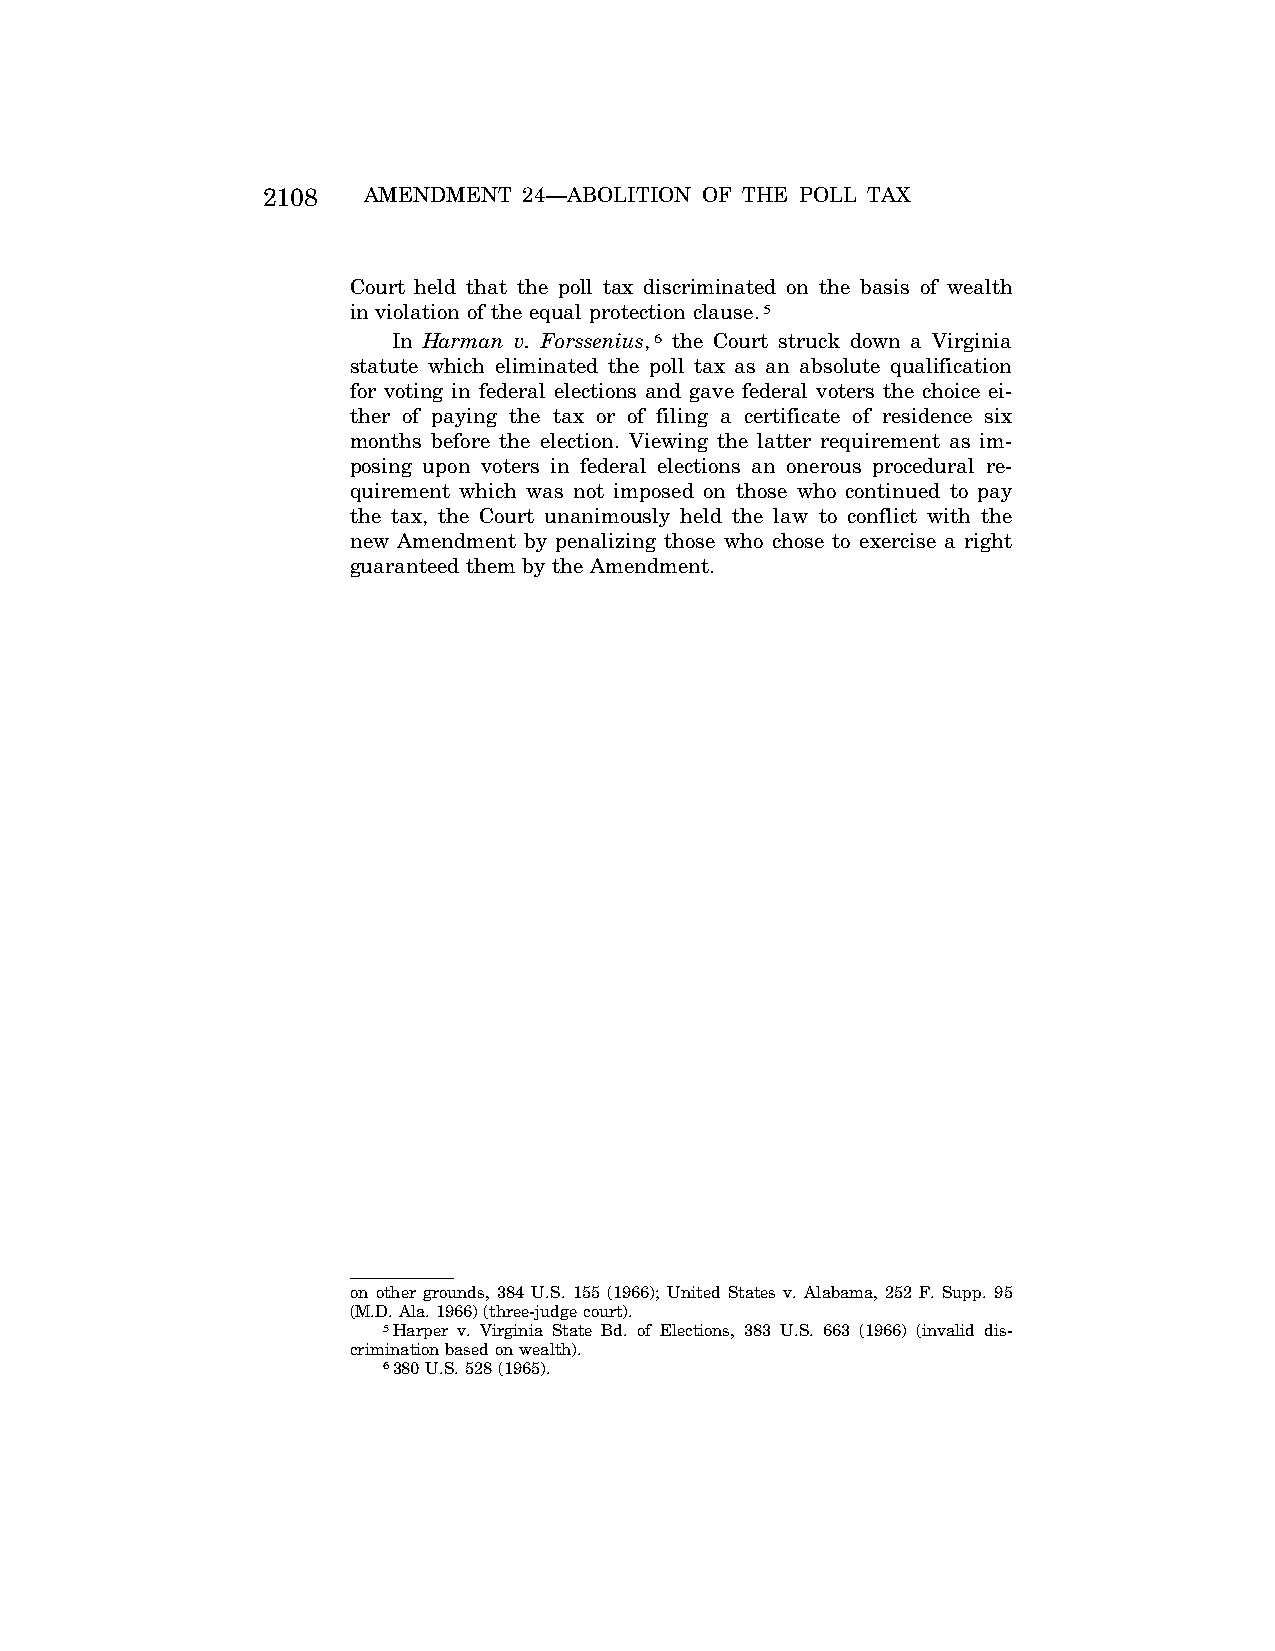
2108   AMENDMENT  24—ABOLITION OF THE POLL TAX
 Court held that the poll tax discriminated on the basis of wealth
 in violation of the equal protection clause.5
 In Harman v. Forssenius,6 the Court struck down a Virginia
 statute which eliminated the poll tax as an absolute qualification
 for voting in federal elections and gave federal voters the choice ei-
 ther of paying the tax or of filing a certificate of residence six
 months before the election. Viewing the latter requirement as im-
 posing upon voters in federal elections an onerous procedural re-
 quirement which was not imposed on those who continued to pay
 the tax, the Court unanimously held the law to conflict with the
 new Amendment by penalizing those who chose to exercise a right
 guaranteed them by the Amendment.
 on other grounds, 384 U.S. 155 (1966); United States v. Alabama, 252 F. Supp. 95
 (M.D. Ala. 1966) (three-judge court).
 5Harper v. Virginia State Bd. of Elections, 383 U.S. 663 (1966) (invalid dis-
 crimination based on wealth).
 6380 U.S. 528 (1965).
 VerDate Apr<15>2004 14:58 Jun 28, 2004 Jkt 077500 PO 00000 Frm 00002 Fmt 8222 Sfmt 8222 C:\CONAN\CON059.SGM PRFM99 PsN: CON059